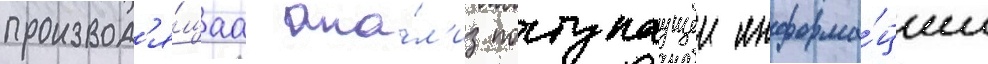
производ'я́щаа ана́л'из поступаущеи информа́ции